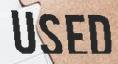
USED